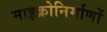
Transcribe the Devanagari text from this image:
माइक्रोनिर्माणों